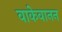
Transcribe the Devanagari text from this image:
वाकेवानन